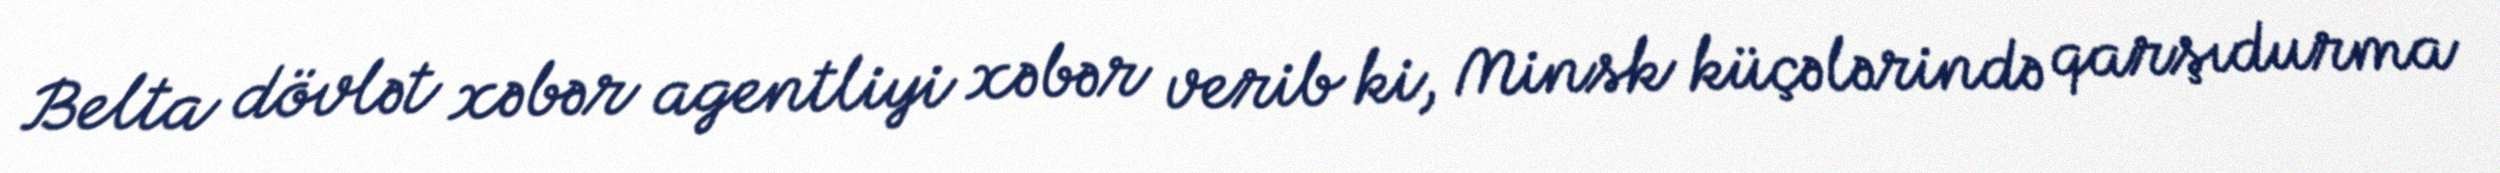
Belta dövlət xəbər agentliyi xəbər verib ki, Minsk küçələrində qarşıdurma